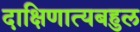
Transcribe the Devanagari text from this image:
दाक्षिणात्यबहुल